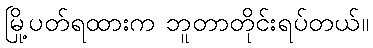
မြို့ပတ်ရထားက ဘူတာတိုင်းရပ်တယ်။